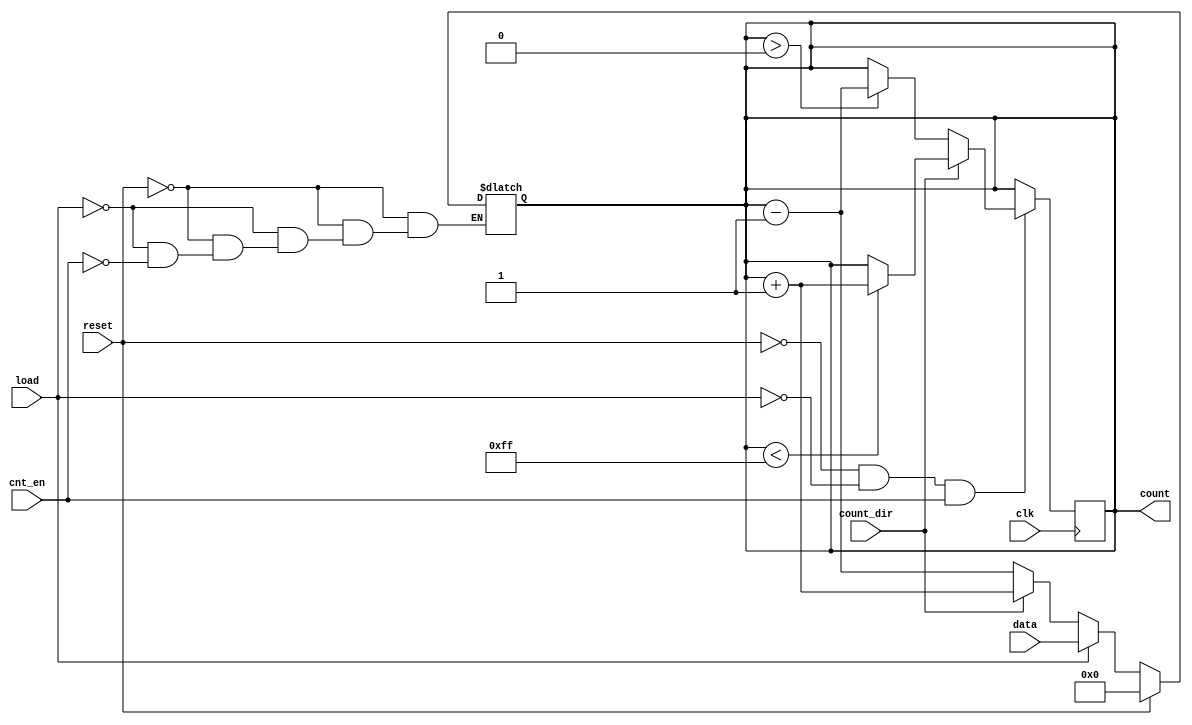
module async_load_counter #(
    parameter n = 8  // Parameter for bit width of the counter
)(
    input wire clk,                // Clock signal
    input wire load,               // Asynchronous load signal
    input wire [n-1:0] data,       // Data to load into the counter
    input wire cnt_en,             // Count enable signal
    input wire count_dir,          // Count direction (0 for down, 1 for up)
    input wire reset,              // Active high reset signal
    output reg [n-1:0] count       // Current count value
);

    // Asynchronous reset and load behavior
    always @(*) begin
        if (reset) begin
            count = 0;              // Reset counter to 0
        end else if (load) begin
            count = data;           // Load data into counter asynchronously
        end else if (cnt_en) begin
            if (count_dir) begin
                count = count + 1;  // Increment the counter
            end else begin
                count = count - 1;  // Decrement the counter
            end
        end
    end

    // Synchronous update on clock edge
    always @(posedge clk) begin
        // Update count only on clock edge
        if (!reset && !load && cnt_en) begin
            // Ensure the count does not overflow/underflow
            if (count_dir) begin
                if (count < {n{1'b1}}) begin // Check for overflow
                    count <= count + 1;  // Increment
                end
            end else begin
                if (count > 0) begin // Check for underflow
                    count <= count - 1;  // Decrement
                end
            end
        end
    end

endmodule